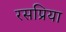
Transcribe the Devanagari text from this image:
रसप्रिया